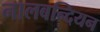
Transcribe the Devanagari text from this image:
नालबन्दियन